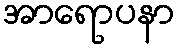
အာရောပနာ